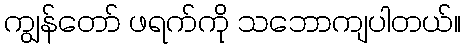
ကျွန်တော် ဖရက်ကို သဘောကျပါတယ်။